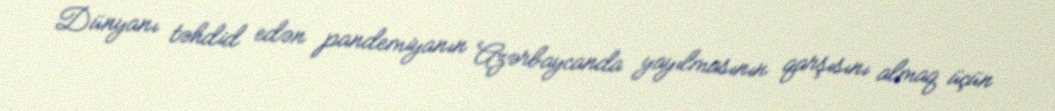
Dünyanı təhdid edən pandemiyanın Azərbaycanda yayılmasının qarşısını almaq üçün